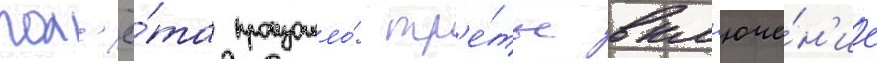
пол'ё́та произошло́ тр'е́тье вкл'юче́н'ие